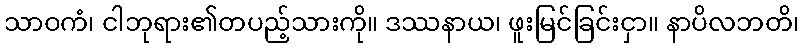
သာဝကံ၊ ငါဘုရား၏တပည့်သားကို။ ဒဿနာယ၊ ဖူးမြင်ခြင်းငှာ။ နာပိလဘတိ၊